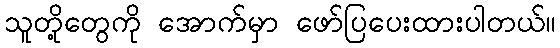
သူတို့တွေကို အောက်မှာ ဖော်ပြပေးထားပါတယ်။